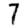
Digit: 7